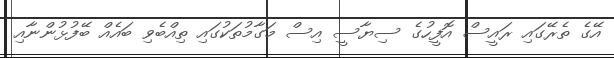
އޭގެ ތެރޭގައި ރައީސް އޮފީހުގެ ސިޔާސީ އިސް މަގާމުތަކުގައި ތިއްބެވި ބައެއް ބޭފުޅުންނާއި